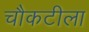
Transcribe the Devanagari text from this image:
चौकटीला